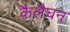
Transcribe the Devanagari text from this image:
कैलैघन